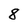
Character: 8